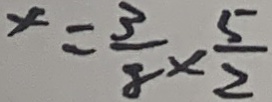
x = \frac { 3 } { 8 } \times \frac { 5 } { 2 }